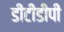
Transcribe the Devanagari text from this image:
डीटीडीपी